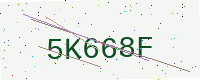
Text: 5K668F